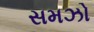
સમઝો